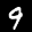
Label: 9